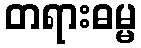
တရားဓမ္မ